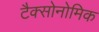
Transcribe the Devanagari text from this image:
टैक्सोनोमिक